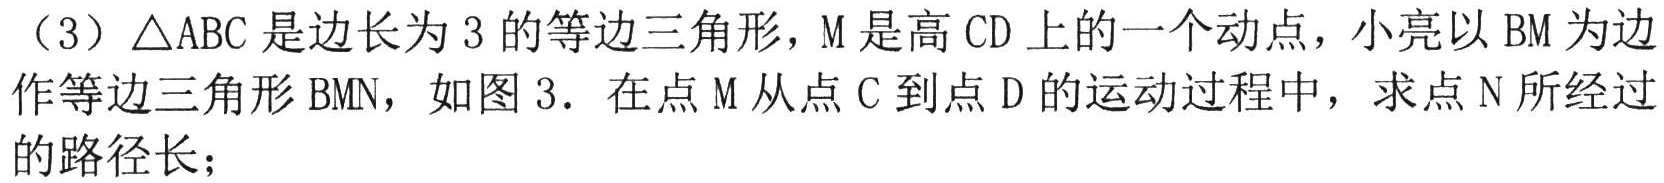
（3）\(\triangle ABC\)是边长为\(3\)的等边三角形，\(M\)是高\(CD\)上的一个动点，小亮以\(BM\)为边
作等边三角形\(BMN\)，如图3. 在点\(M\)从点\(C\)到点\(D\)的运动过程中，求点\(N\)所经过
的路径长；